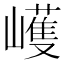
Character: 㠛